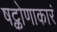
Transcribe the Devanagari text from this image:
षट्कोणाकारं